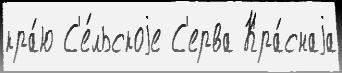
кра́ю С'е́льскоjе С'ерва Кра́снаjа